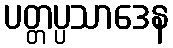
ပတ္တပ္ပသာဒေန